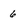
Character: 6